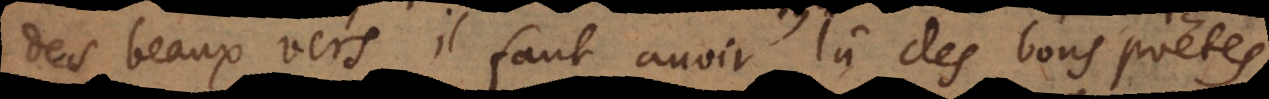
des beaux vers il faut avoir lû des bons poëtes,